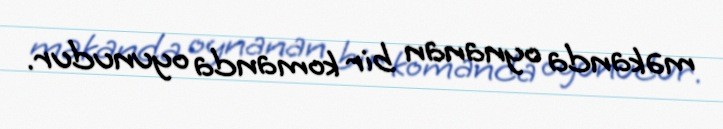
məkanda oynanan bir komanda oyunudur.